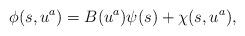
LaTeX: \begin{align*}\phi(s, u^a) = B(u^a) \psi(s) + \chi(s, u^a),\end{align*}